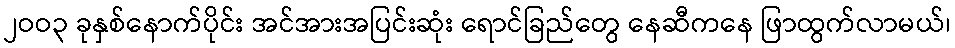
၂ဝဝ၃ ခုနှစ်နောက်ပိုင်း အင်အားအပြင်းဆုံး ရောင်ခြည်တွေ နေဆီကနေ ဖြာထွက်လာမယ်၊